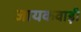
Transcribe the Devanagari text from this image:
जायकवाड़ी